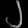
Digit: ၂